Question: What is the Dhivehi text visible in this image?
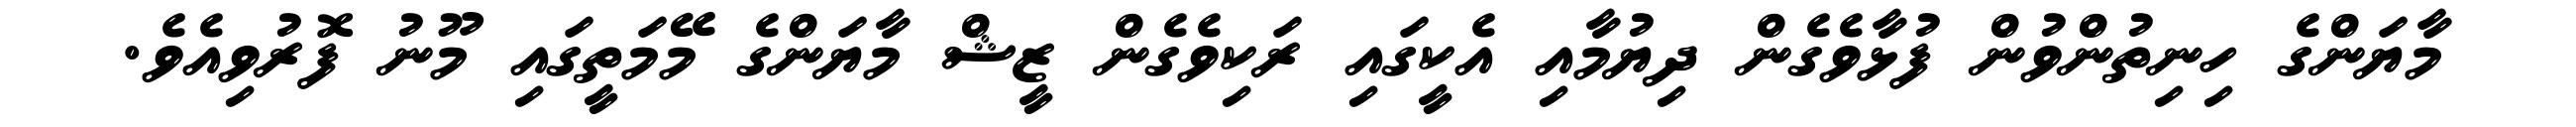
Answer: މާޔަންގެ ހިނިތުންވުން ފުޅާވެގެން ދިޔުމާއި އެކީގައި ރަކިވެގެން ޒީޝް މާޔަންގެ މޭމަތީގައި މޫނު ފޮރުވިއެވެ.